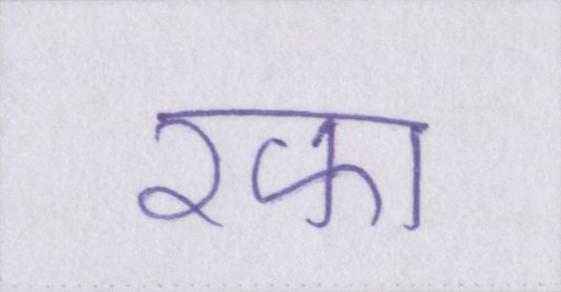
रफा